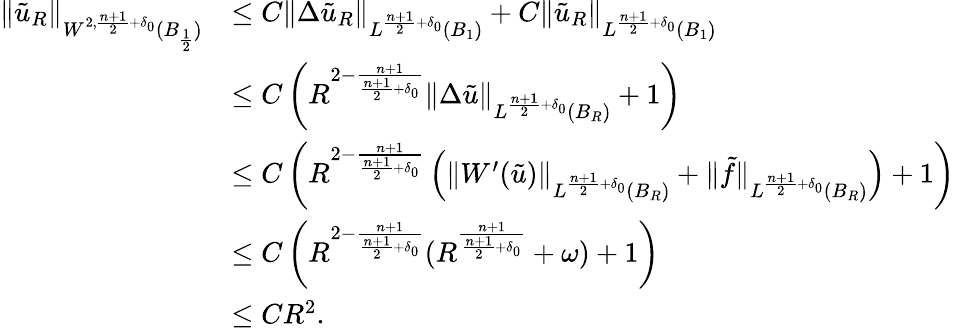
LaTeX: \begin{array}{rl}{\| \tilde{u}_{R}\| _{W^{2,{\frac{n+1}{2}+\delta_{0}}}(B_{\frac{1}{2}})}}&{\leq C\| \Delta\tilde{u}_{R}\| _{L^{\frac{n+1}{2}+\delta_{0}}(B_{1})}+C\| \tilde{u}_{R}\| _{L^{\frac{n+1}{2}+\delta_{0}}(B_{1})}}\\ &{\leq C\left(R^{2-\frac{n+1}{\frac{n+1}{2}+\delta_{0}}}\| \Delta\tilde{u}\| _{L^{\frac{n+1}{2}+\delta_{0}}(B_{R})}+1\right)}\\ &{\leq C\left(R^{2-\frac{n+1}{\frac{n+1}{2}+\delta_{0}}}\left(\| W^{\prime}(\tilde{u})\| _{L^{\frac{n+1}{2}+\delta_{0}}(B_{R})}+\| \tilde{f}\| _{L^{\frac{n+1}{2}+\delta_{0}}(B_{R})}\right)+1\right)}\\ &{\leq C\left(R^{2-\frac{n+1}{\frac{n+1}{2}+\delta_{0}}}(R^{\frac{n+1}{\frac{n+1}{2}+\delta_{0}}}+\omega)+1\right)}\\ &{\leq CR^{2}.}\end{array}